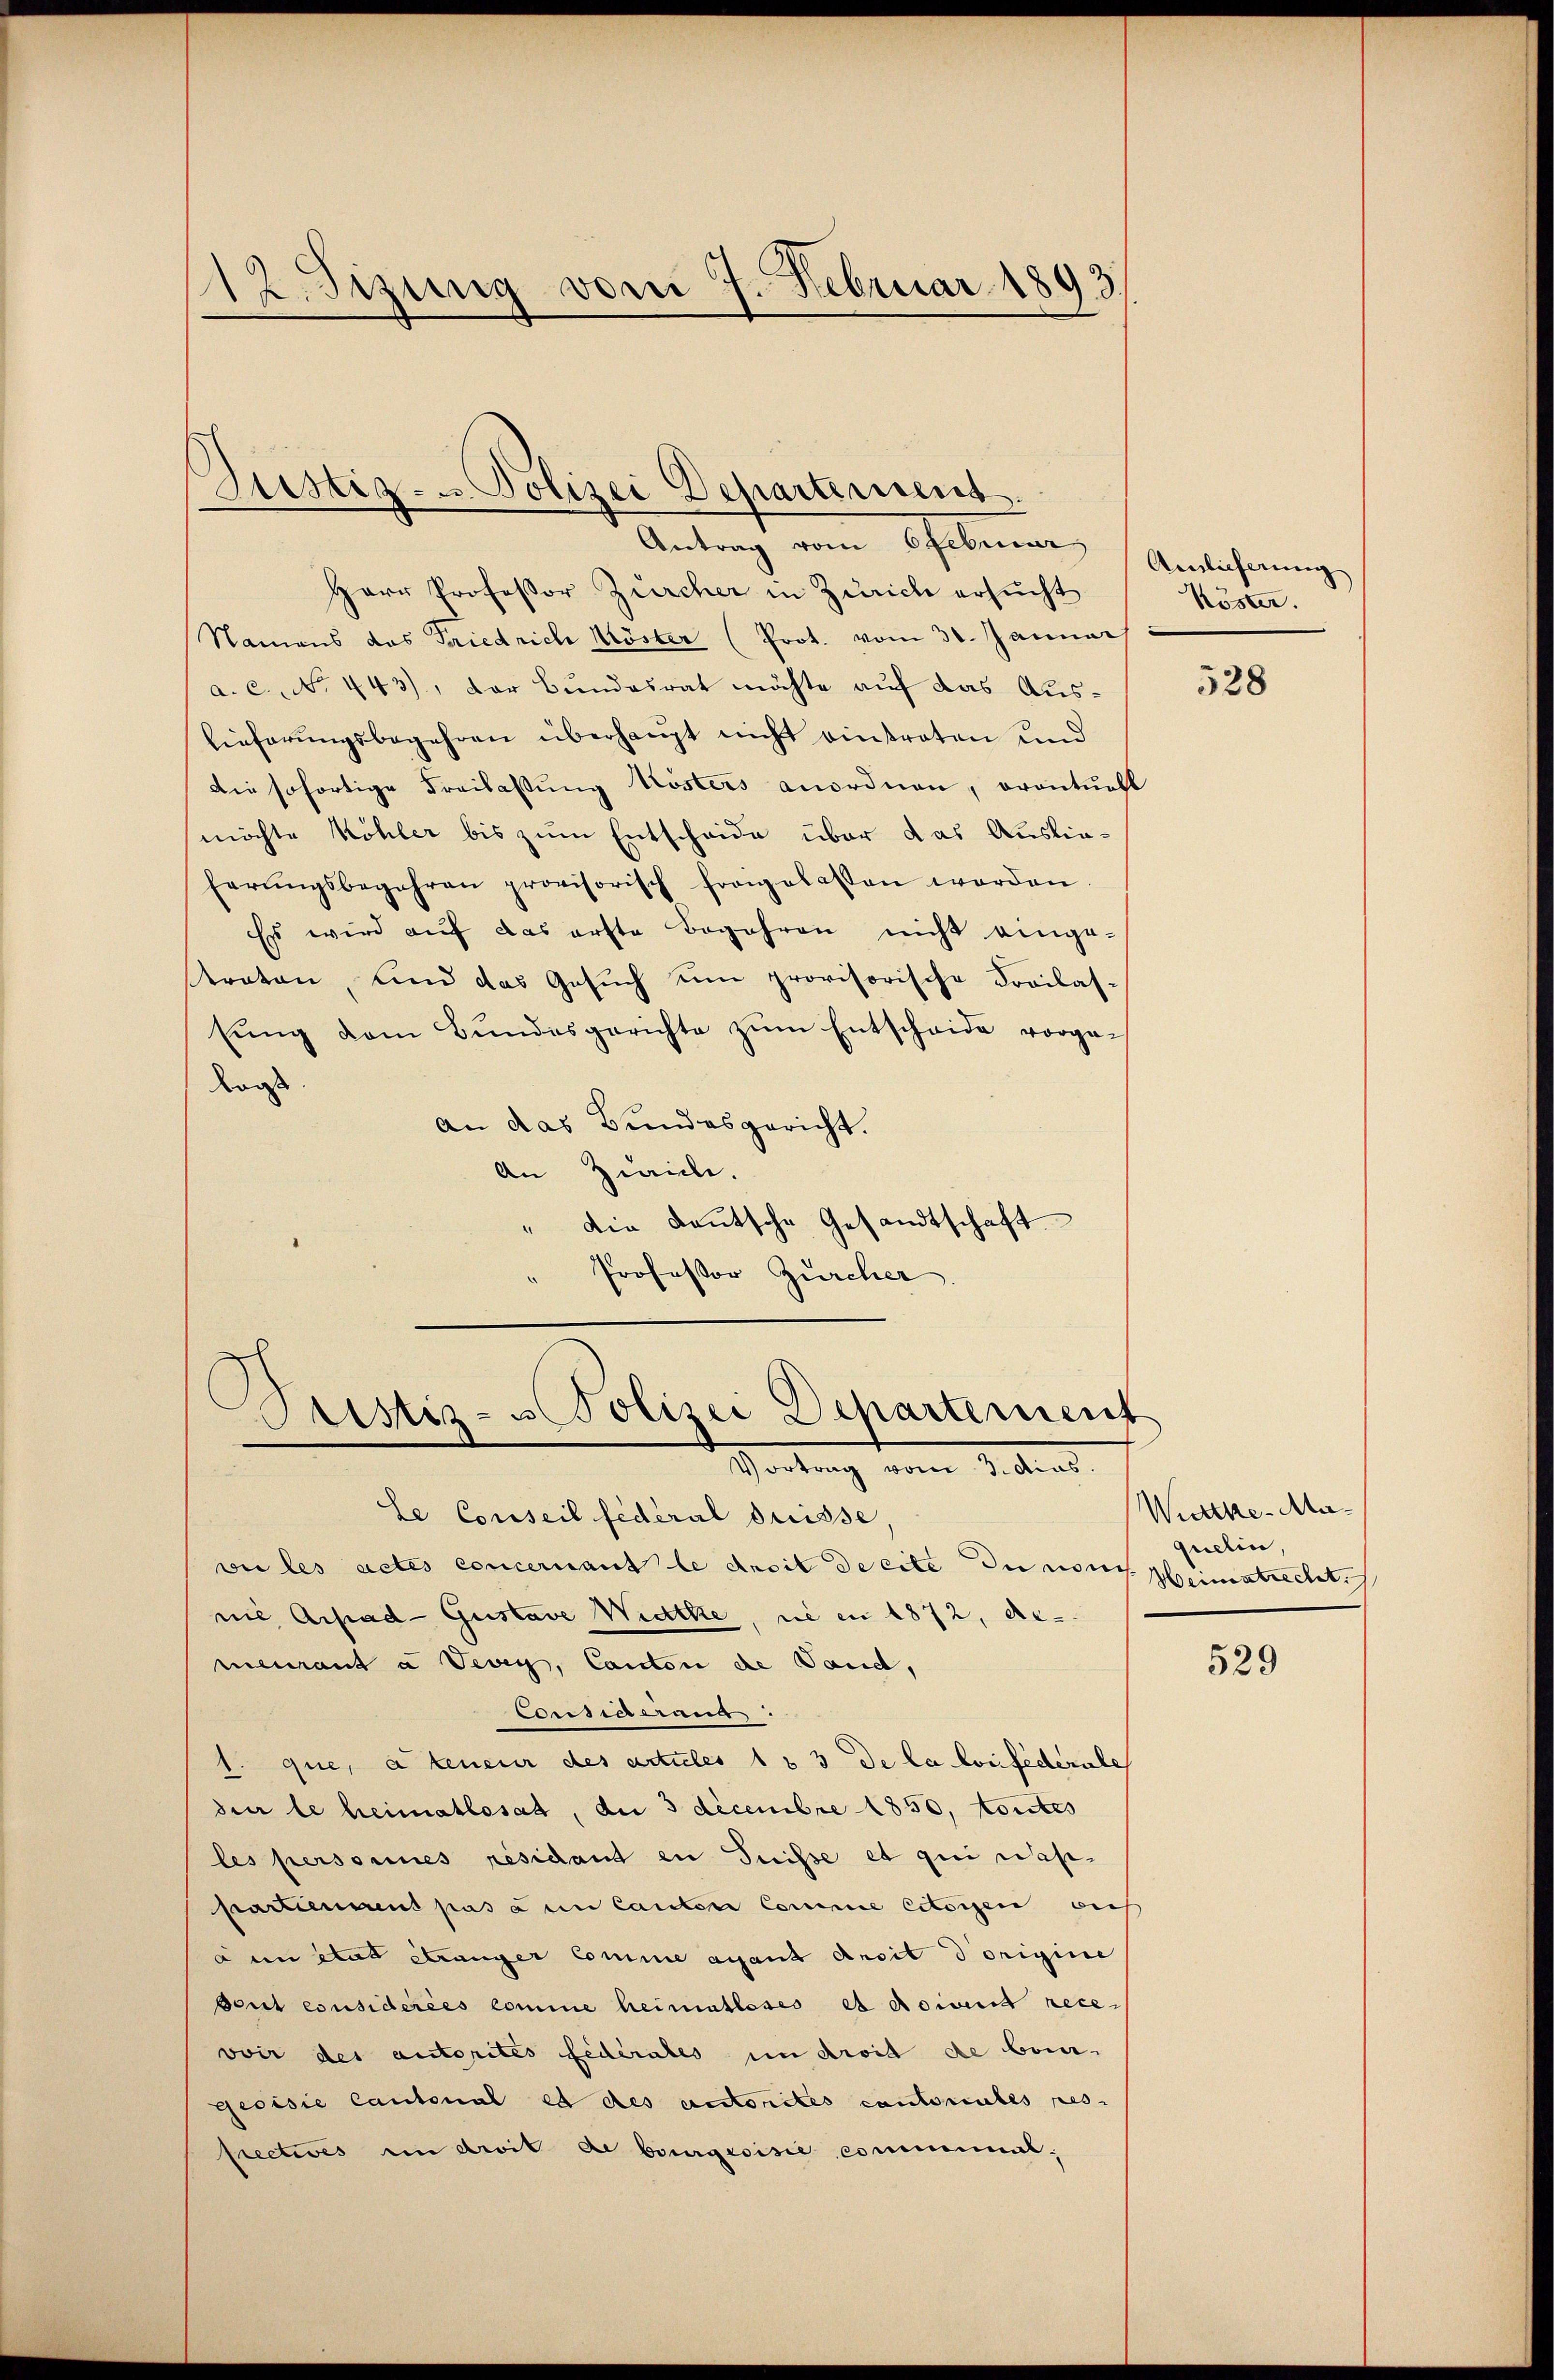
12. Sizung vom 7. Februar 1893/

Justiz- u. Polizei Departement
Antrag vom 6 Februar

Herr Professor Zürcher in Zürich ersucht
Namens das Friedrich Köster (Prot. vom 31. Januar
a. c. No. 443), der Bundesrat möchte auf das Auslieferungsbegehren überhaupt nicht eintreten und
Die sofortige Freilassung Kösters anordnen, erantuell
möchte Köhler bis zum Entscheide über das Auslieherŭngsbegehren provisorisch fragelassen worden
Es wird aŭf das erste Begehren nicht einge-
traten, und das Gesuch um provisorische Freilas-
tŭng dem Bŭndesgerichte zŭm Entscheide vorge-
Kais
An das Bundesgericht.
An Zivile.
" Die Deutsche Gesandtschaft
" Professor Zürcher.

Justiz- u Polizei Departement
Vortrag vom 3. dies

le Conseil fédéral Suisse,
wie les actes concernant le droit de eite du nous Heimatrechtes
nie Achad-Gustave Widtke, nie in 1872, demenant a Vevey, Canton de Vaud,
Corisierung.
1. que, à teneur des actules 1 & 3 de la Confederate
deer le heimatlosat, die 3 decembre 1850, toutes
les personnes résidand in Suisse et qui Waspartienment pas à en Canton Comme Eiteigen auch
à un état etwaiger Comme avant Ansit d origine
Scrit considérées comme heimatloses et doivend rece-
voir des autorites Federates in droit de bau-
geoisie Cantonal es des autorites cantonales res-
Prectives in droit de bourgerisie, commimal.

Anlieferung
Köster.

528

Wirthe Maquelin,

529